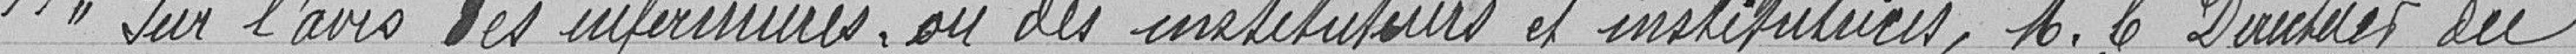
"Sur l'avis des infirmières, ou des instituteurs et institutrices, Monsieur le directeur du